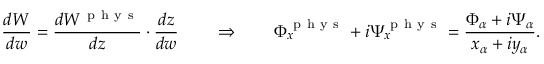
\frac { d W } { d w } = \frac { d W ^ { \mathrm { ~ p ~ h ~ y ~ s ~ } } } { d z } \cdot \frac { d z } { d w } \qquad \Rightarrow \qquad \Phi _ { x } ^ { \mathrm { ~ p ~ h ~ y ~ s ~ } } + i \Psi _ { x } ^ { \mathrm { ~ p ~ h ~ y ~ s ~ } } = \frac { \Phi _ { \alpha } + i \Psi _ { \alpha } } { x _ { \alpha } + i y _ { \alpha } } .